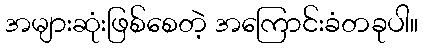
အများဆုံးဖြစ်စေတဲ့ အကြောင်းခံတခုပါ။